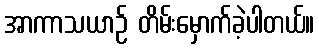
အာကာသယာဉ် တိမ်းမှောက်ခဲ့ပါတယ်။